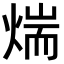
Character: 煓